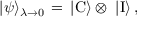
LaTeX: | \psi \rangle _ { \lambda \rightarrow 0 } \, = \, | \mathrm { C } \rangle \otimes \ | \mathrm { I } \rangle \, ,